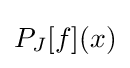
P_{J}[f](x)